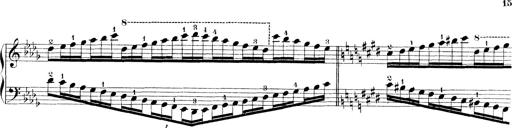
Title: Technische Studien
Composer: Franz Liszt